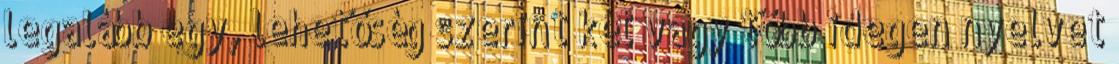
legalább egy, lehetőség szerint két vagy több idegen nyelvet